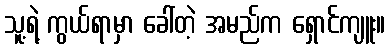
သူ့ရဲ့ ကွယ်ရာမှာ ခေါ်တဲ့ အမည်က ရှောင်ကျူး။